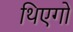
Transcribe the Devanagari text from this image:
थिएगो